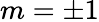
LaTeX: m=\pm 1